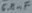
Text: 6.1nF